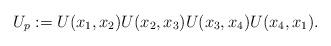
LaTeX: \begin{align*}U_p := U(x_1,x_2)U(x_2,x_3)U(x_3,x_4)U(x_4,x_1).\end{align*}